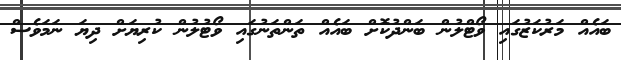
ބައެއް މަރުކަޒުގައި ވޯޓްލުން ބަންދުކޮށް ބައެއް ތަންތަނުގައި ވޯޓުލުން ކުރިޔަށް ދިޔަ ނަމަވެސް